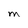
Character: M